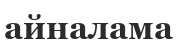
айналама